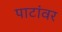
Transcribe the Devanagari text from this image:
पाटांवर